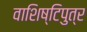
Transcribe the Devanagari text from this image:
वाशिष्टिपुत्र